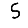
Digit: 5